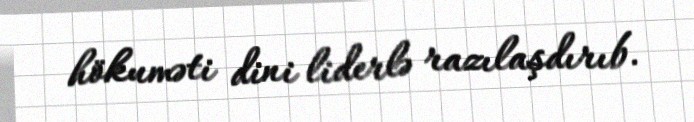
hökuməti dini liderlə razılaşdırıb.